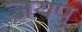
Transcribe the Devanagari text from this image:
जयपु